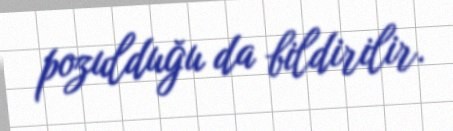
pozulduğu da bildirilir.